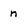
Character: n